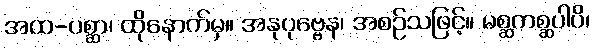
အထ-ပစ္ဆာ၊ ထိုနောက်မှ။ အနုပုဗ္ဗေန၊ အစဉ်သဖြင့်။ မစ္ဆကစ္ဆပါပိ၊